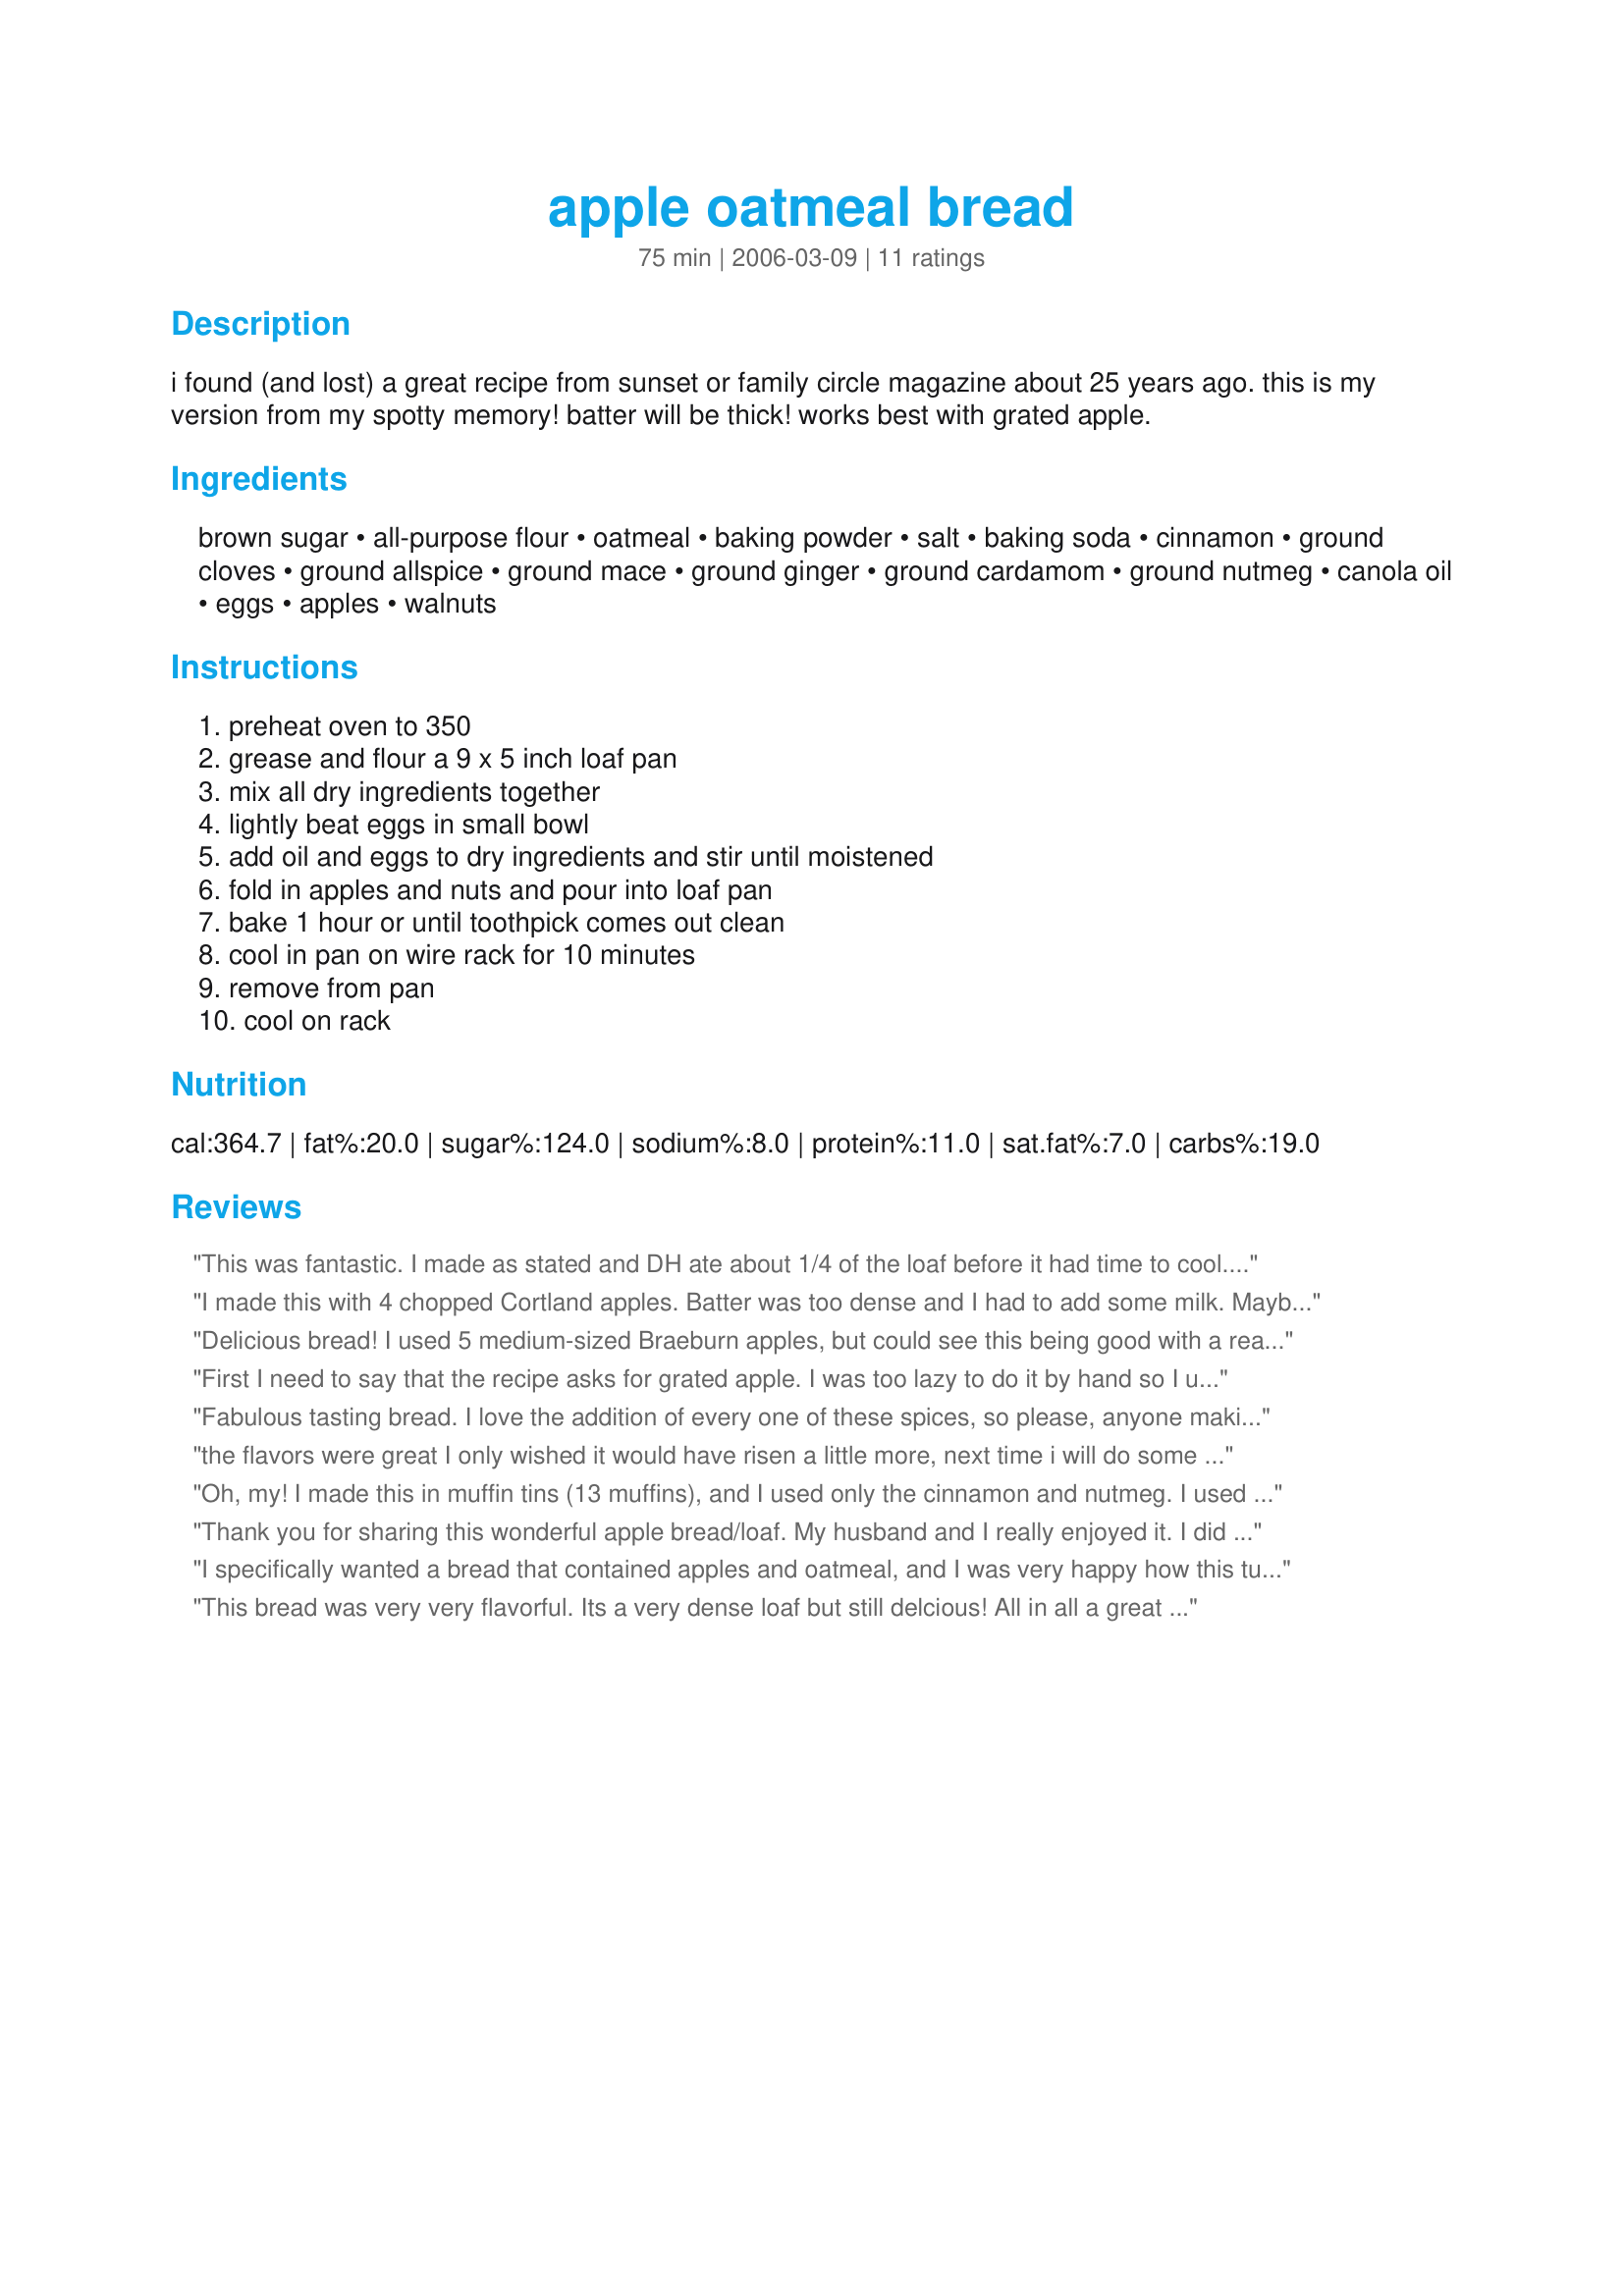
apple oatmeal bread
Preparation time: 75 minutes

i found (and lost) a great recipe from sunset or family circle magazine about 25 years ago. this is my version from my spotty memory! batter will be thick! works best with grated apple.

Ingredients:
brown sugar, all-purpose flour, oatmeal, baking powder, salt, baking soda, cinnamon, ground cloves, ground allspice, ground mace, ground ginger, ground cardamom, ground nutmeg, canola oil, eggs, apples, walnuts

Steps:
preheat oven to 350, grease and flour a 9 x 5 inch loaf pan, mix all dry ingredients together, lightly beat eggs in small bowl, add oil and eggs to dry ingredients and stir until moistened, fold in apples and nuts and pour into loaf pan, bake 1 hour or until toothpick comes out clean, cool in pan on wire rack for 10 minutes, remove from pan, cool on rack

Reviews:
This was fantastic. I made as stated and DH ate about 1/4 of the loaf before it had time to cool. :) Loved the combination of spices with the apples. And the flavor of the nuts and oatmeal is always a favorite together. I used 1/2 wheat and 1/2 white flours. Will make this again into muffins. Thanks for submitting.
I made this with 4 chopped Cortland apples. Batter was too dense and I had to add some milk. Maybe it would have been better to grate the apples although Cortland apples turn into a sauce when grated. Taste was ok but considering how healthy and lightly sweet it was, ****!
Delicious bread! I used 5 medium-sized Braeburn apples, but could see this being good with a really tart apple, like Granny Smith. Made as stated except I subbed 1/4 tsp allspice and 1/4 tsp cloves for the mace. Love the combination of spices in this bread! For those of you that don't want to grate the apples by hand, I used my food processor did not have any problems. This will be a definite repeat in my house! Made for PAC Spring 2011.
First I need to say that the recipe asks for grated apple. I was too lazy to do it by hand so I used 2 chopped apples. I used a 1/2 c of Splenda brown sugar and a 1/2 c of egg whites for the 2 eggs. As I was way short on the apple I added unsweetened applesauce until I had a mixture moist enough to hold it's shape. The spicing is lovely and the aroma wonderful. I will make this again when the food processor is in action. Made for Photo Tag.
Fabulous tasting bread. I love the addition of every one of these spices, so please, anyone making this bread, DO NOT leave them out. It's what truly makes the bread stand out from many other posted apple bread recipes. That and the addition of the oatmeal really brings this recipe over the top. I cut it in 1/2 and got two mini-loaves. Made for KK's Recipe Tag~
the flavors were great I only wished it would have risen a little more, next time i will do some changes to the baking powder amount, all in all we enjoyed this, thanks Mike!
Oh, my! I made this in muffin tins (13 muffins), and I used only the cinnamon and nutmeg. I used 2 chopped apples and added about 150 gr unsweetened applesauce, and I also omitted the nuts. The results are absolutely heavenly! thanks for posting this!
Thank you for sharing this wonderful apple bread/loaf. My husband and I really enjoyed it. I did make one change, I didn't have allspice so I used pumpkin pie spice, I also left out the mace, since I didn't have any. I cooked the bread five minutes over the one hour. The bread was a little gooey in the middle, but due to the wonderful flavor it was okay.
I specifically wanted a bread that contained apples and oatmeal, and I was very happy how this turned out. It is a bit of effort to grate the apples, but it's worth it. The dough is very thick before you add the apples, but the moisture from the grated apples turns it into the perfect consistency. I think I have a smaller loaf pan because I got one loaf and four muffins out of the recipe. It works well as muffins as well. I also substituted craisins for raisins, and it was a very nice addition. I think the next time I make it, I will reduce the sugar to 3/4 of a cup.
This bread was very very flavorful. Its a very dense loaf but still delcious! All in all a great recipe and makes the house smell heavnenly while baking.
Thanks for the recipe mikekey!
We enjoyed this bread still warm with a pat of butter. The kitchen smelled wonderful while the bread was baking too. I didnt have allspice so I added some nutmeg and used vegetable oil instead of canola. Granny Smith apples worked very well with the spices and I used finely chopped walnuts. This is a wonderful breakfast bread!
